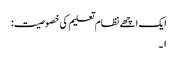
ایک اچھے نظام تعلیم کی خصوصیت:
۱۔